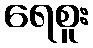
ရေစူး